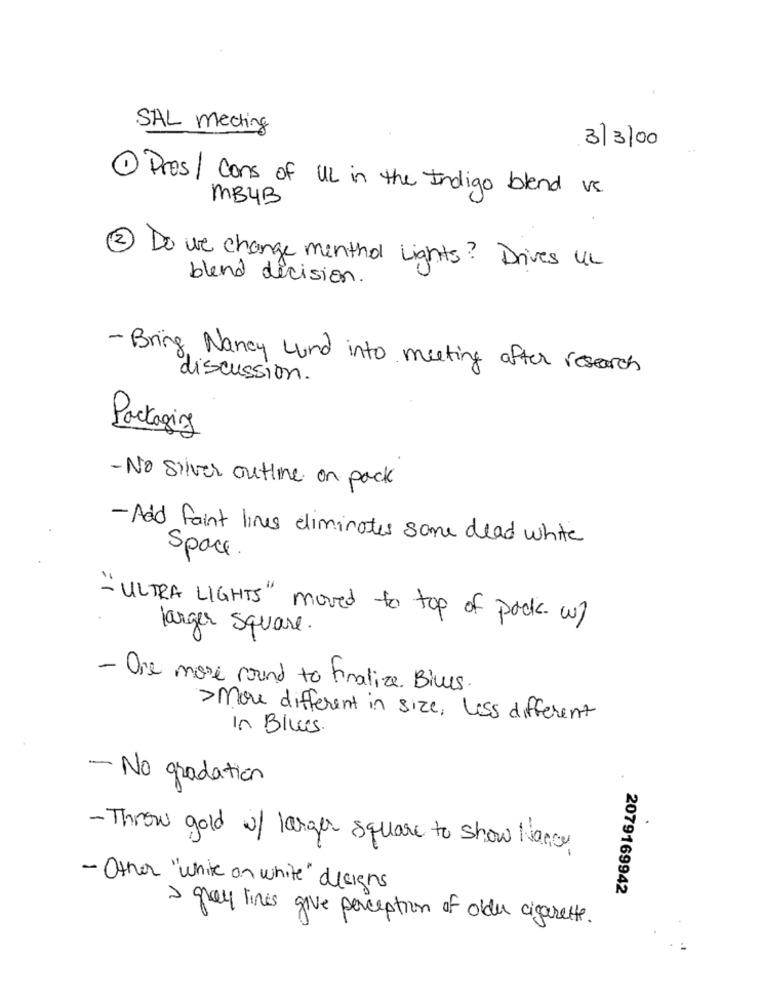
SAL meeting
3/3/00
1 Pres / Cons of UL in the Indigo blend vs
MB4B
2) Do we change menthol Lights? Drives UL
blend decision.
- Bring Nancy Lund into meeting after research
discussion.
Packaging
- No silver outline on pack
- Add faint lines eliminates some dead white
Space
- ULTRA LIGHTS" moved to top of pack w/
larger Square.
- One more round to finalize. Biles.
>More different in size, Less different
In Blues.
- No gradation
- Throw gold of larger square to show Nancy
- Other "white on white" designs
2079169942
I gray lines give perception of older cigarette.